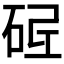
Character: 𱳿